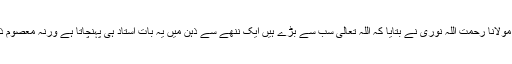
مجھے اس دن حیرانگی ہوئی جب مولانا رحمت اللہ نوری نے بتایا کہ اللہ تعالی سب سے بڑے ہیں ایک ننھے سے ذہن میں یہ بات استاد ہی پہنچاتا ہے ورنہ معصوم ذہن باپ سے آگے سوچتا بھی نہیں۔